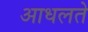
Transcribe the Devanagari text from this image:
आधलते